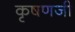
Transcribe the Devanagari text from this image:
कृषणजी